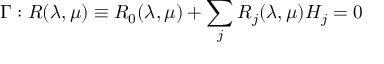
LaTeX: \Gamma : R ( \lambda , \mu ) \equiv R _ { 0 } ( \lambda , \mu ) + \sum _ { j } R _ { j } ( \lambda , \mu ) H _ { j } = 0